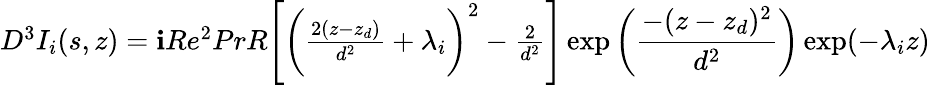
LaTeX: \begin{array}{r}{D^{3}I_{i}(s,z)=\textbf{i}Re^{2}PrR\Bigg[\bigg(\frac{2(z-z_{d})}{d^{2}}+\lambda_{i}\bigg)^{2}-\frac{2}{d^{2}}\Bigg]\exp\bigg(\displaystyle\frac{-(z-z_{d})^{2}}{d^{2}}\bigg)\exp(-\lambda_{i}z)}\end{array}